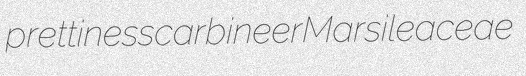
prettiness carbineer Marsileaceae